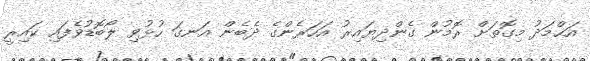
އަޙްމަދު މިގޮތަށް ރޮމުން ގެންދިޔައިރު އަހަރެންގެ ދެބެން އަނގަ ހުޅުވި ލޯބޮޑުވެފައި ކައިރީ